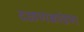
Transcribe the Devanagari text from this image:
दळणकांडण